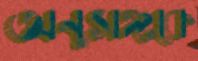
অনুসঙ্গকে